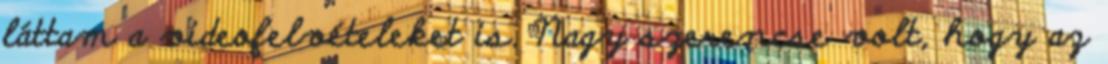
láttam a videofelvételeket is. Nagy szerencse volt, hogy az